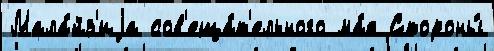
Мала́йз'иjа сов'еща́т'ельного ма́я Стороны́